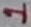
Text: 1